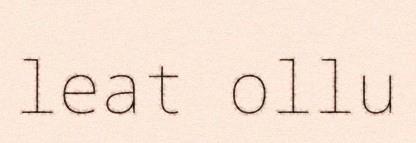
leat ollu